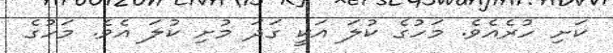
ކަށި ހުރެއެވެ. މަހުގެ ކުލަ އަކީ ގަދަ މުށި ކުލަ އެވެ. މަހުގެ